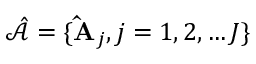
\hat { \mathcal { A } } = \{ \mathbf { \hat { A } } _ { j } , j = 1 , 2 , \ldots J \}